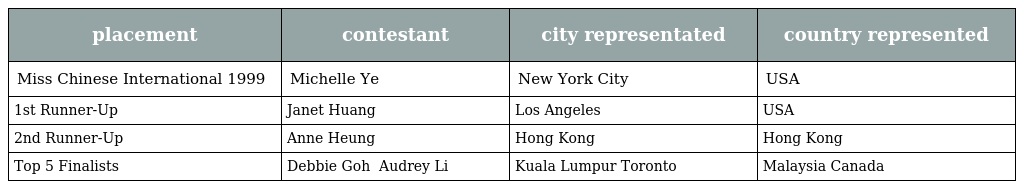
| placement | contestant | city representated | country represented |
 | --- | --- | --- | --- |
 | Miss Chinese International 1999 | Michelle Ye 葉璇 | New York City | USA |
 | 1st Runner-Up | Janet Huang 黃仁玉 | Los Angeles | USA |
 | 2nd Runner-Up | Anne Heung 向海嵐 | Hong Kong | Hong Kong |
 | Top 5 Finalists | Debbie Goh 吳淑心 Audrey Li 李酈 | Kuala Lumpur Toronto | Malaysia Canada |